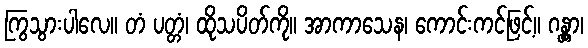
ကြွသွားပါလေ။ တံ ပတ္တံ၊ ထိုသပိတ်ကို။ အာကာသေန၊ ကောင်းကင်ဖြင့်။ ဂန္တွာ၊